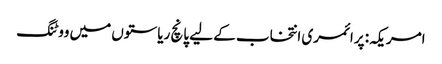
امریکہ: پرائمری انتخاب کے لیے پانچ ریاستوں میں ووٹنگ